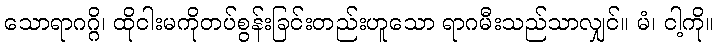
သောရာဂဂ္ဂိ၊ ထိုငါးမကိုတပ်စွန်းခြင်းတည်းဟူသော ရာဂမီးသည်သာလျှင်။ မံ၊ ငါ့ကို။